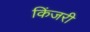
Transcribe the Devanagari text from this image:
किंजरी